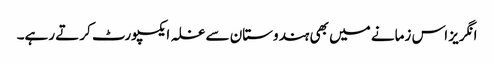
انگریز اس زمانے میں بھی ہندوستان سے غلہ ایکسپورٹ کرتے رہے۔